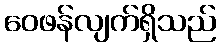
ဝေဖန်လျက်ရှိသည်